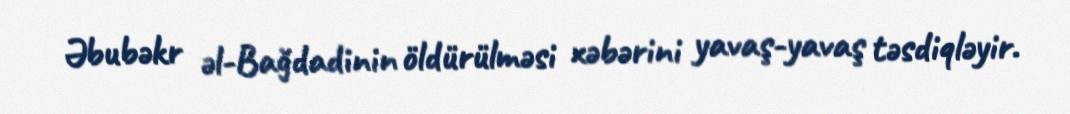
Əbubəkr əl-Bağdadinin öldürülməsi xəbərini yavaş-yavaş təsdiqləyir.